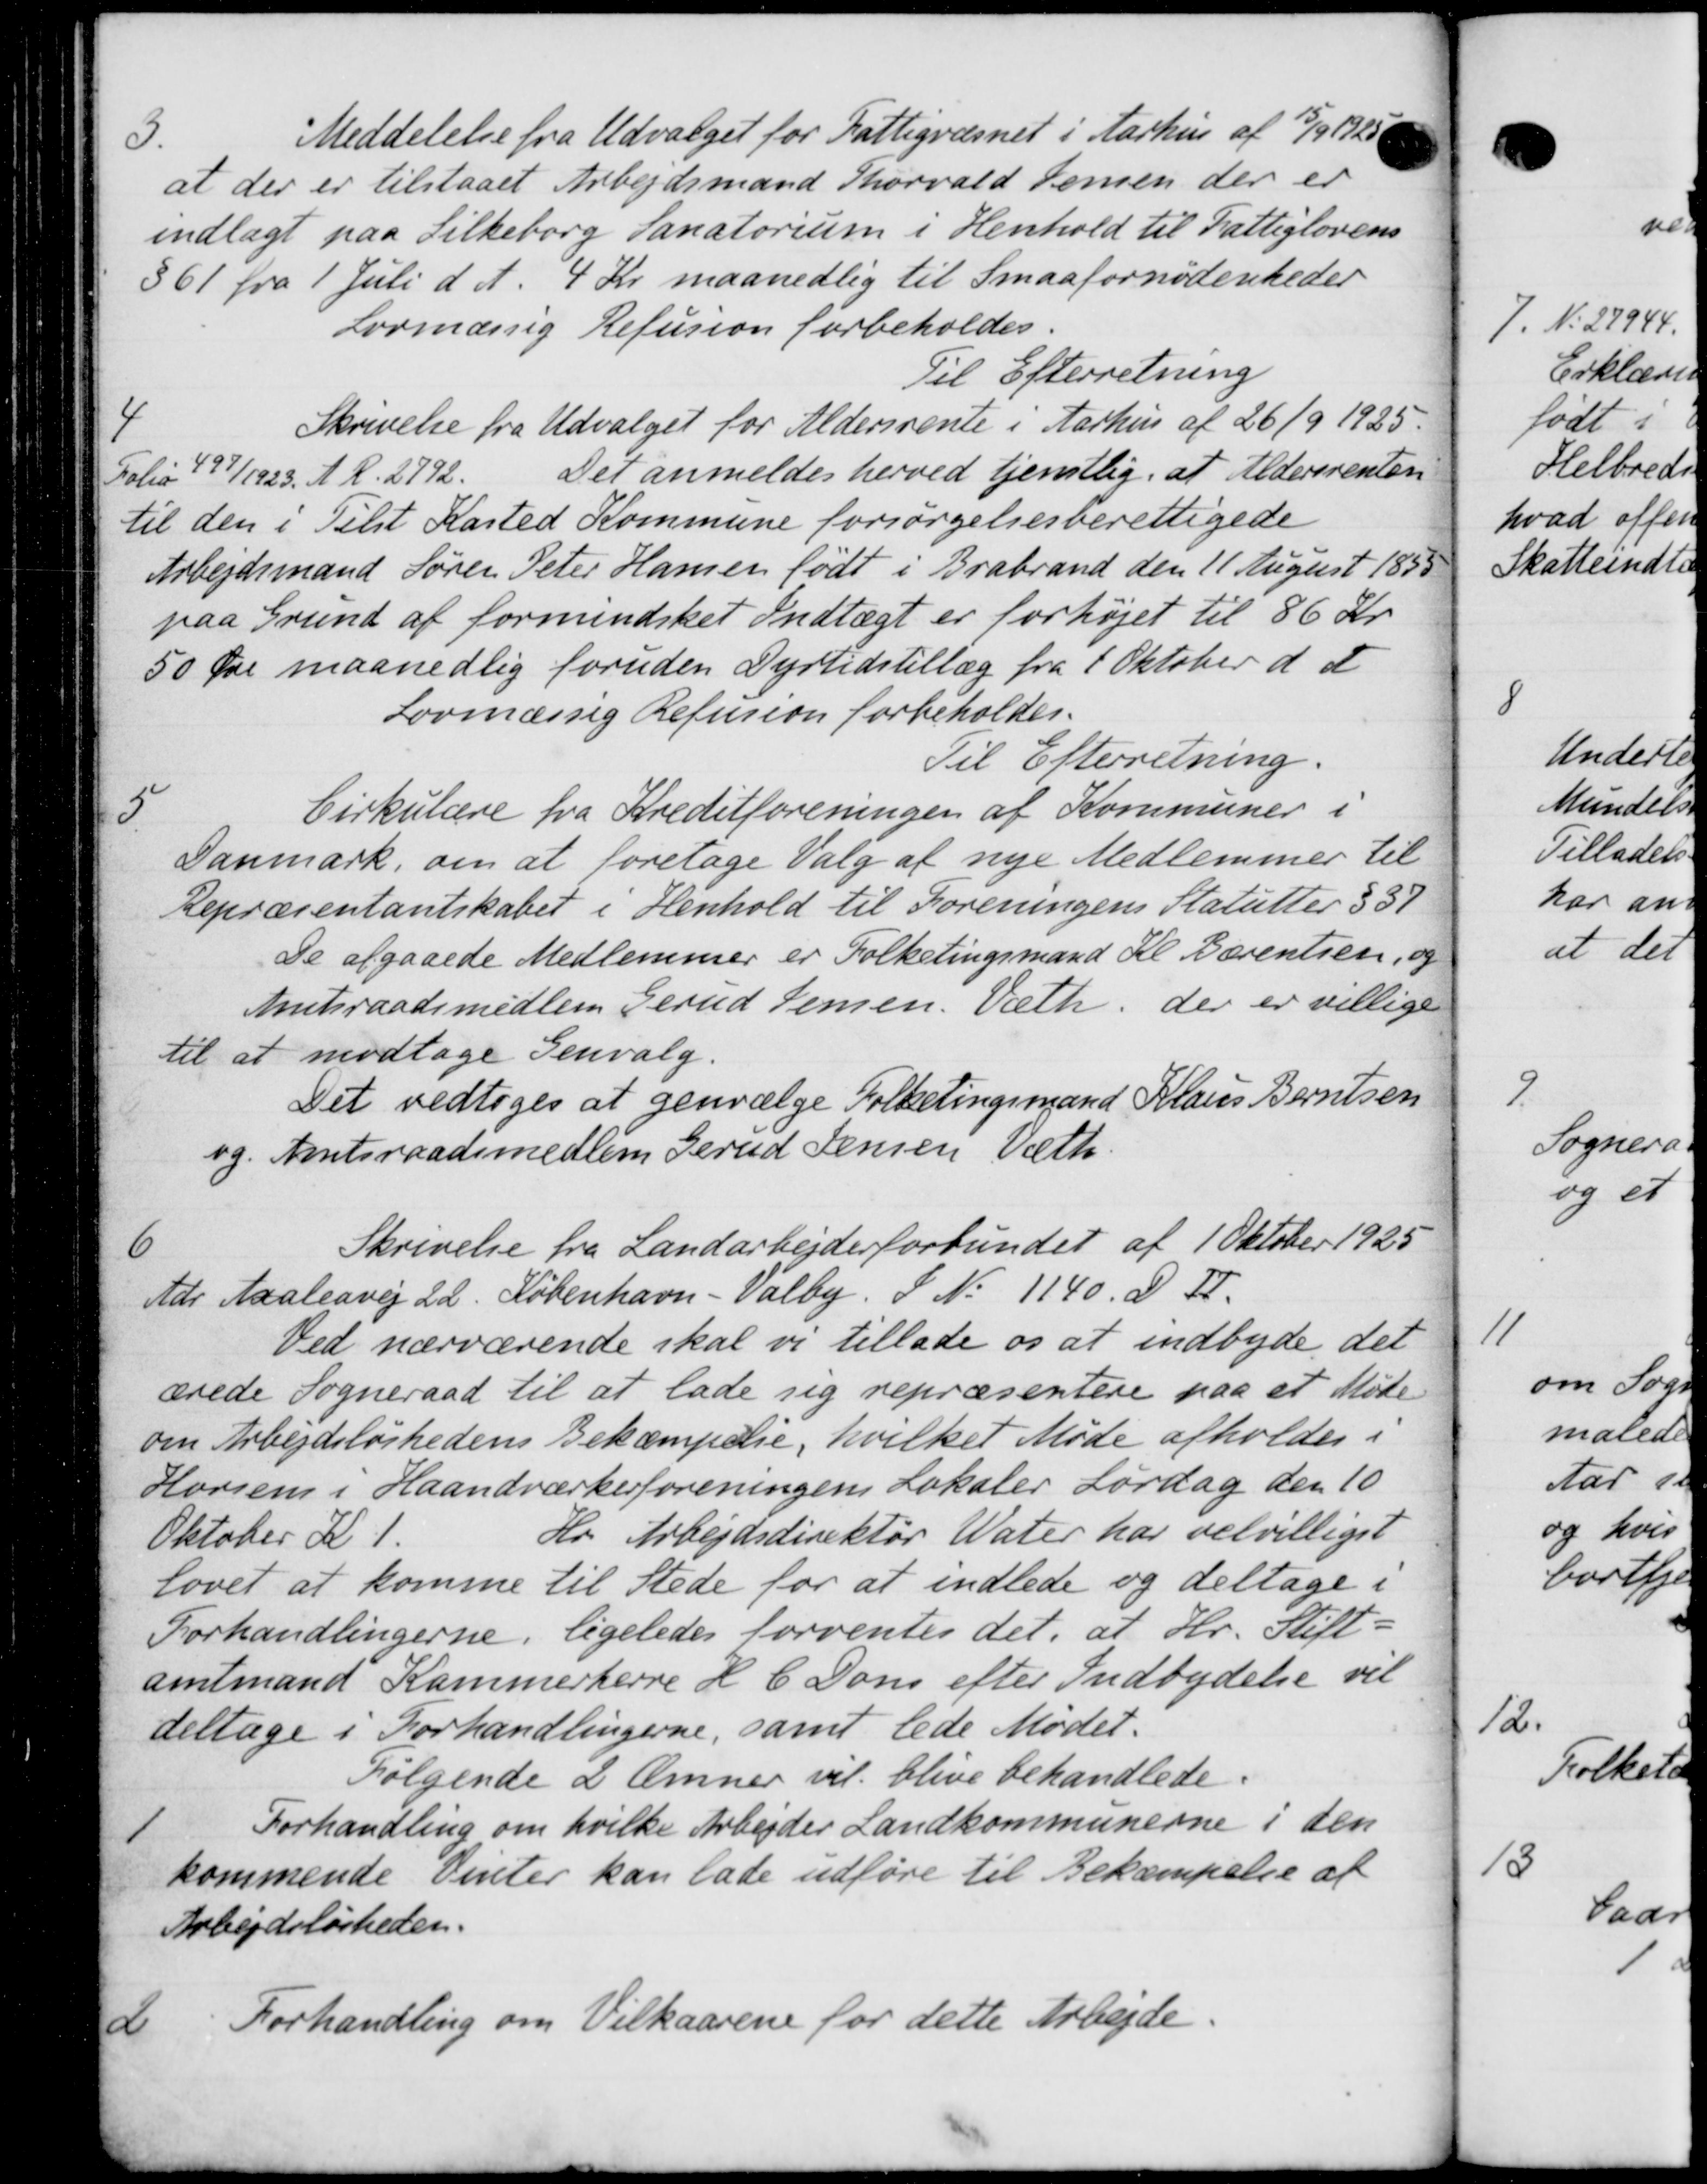
Transskription:
3.
Meddelelse fra Udvalget for Fattigvæsnet i Aarhus af 15/9.
at der er tilstaaet Arbejdsmand Thorvald Jensen der er
indlagt paa Silkeborg Sanatorium i Henhold til Fattiglovens
361 fra 1 Juli d. A. 4 Kr maanedlig til Smaafornødenheder
Lovmæssig Refusion forbeholdes.
Til Efterretning
4
Skrivelse fra Udvalget for Aldersrente i Aarhus af 26/9 1925
Det anmeldes herved tjenstlig, at Aldersrenten
Folio 497/1 1923. A. R. 2792.
til den i Tilst Kasted Kommune forsørgelsesberettigede
Arbejdsmand Søren Peter Hansen født i Brabrand den 11 August 1853
paa Grund af formindsket Indtægt er forhøjet til 86 Kr
50 Øre maanedlig foruden Dyrtidstillæg fra 1 Oktober d. A
Lovmæssig Refusion forbeholdes.
Til Efterretning.
5
Cirkulære fra Kreditforeningen af Kommuner i
Danmark, om at foretage Valg af nye Medlemmer til
Repræsentantskabet i Henhold til Foreningens Statutter § 37
De afgaaede Medlemmer er Folketingsmand Kl. Bærentsen, og
Amtsraadsmedlem Gerud Jensen. Vælk, der er villige
til at modtage Genvalg.
Det vedtoges at genvælge Folketingsmand Klaus Berntsen
og Amtsraadsmedlem Grud Jensen Vilh.
6
Skrivelse fra Landarbejderforbundet af 1 Oktober 1925
Adr Maaledvej 22. København - Valby. S. No 1140. D. F.
Ved nærværende skal vi tillade os at indbyde det
ærede Sogneraad til at lade sig repræsentere paa et Møde
om Arbejdsløshedens Bekæmpelse, hvilket Møde afholdes i
Horsen i Haandværkerforeningens Lokaler Lørdag den 10
Hr. Arbejdsdirektør Water har velvilliget
Oktober Kl 1.
lovet at komme til Stede for at indlede og deltage i
Forhandlingerne, ligeledes forventes det, at Hr. Stift-
amtmand Kammerherre H. C. Dons efter Indbydelse vil
deltage i Forhandlingerne, samt lede Mødet.
Følgende 2 Emmer vil blive behandlede.
1
Forhandling om hvilke Arbejder Landkommunerne i den
kommende Vinter kan lade udføre til Bekæmpelse af
Arbejdsløsheden.
2
Forhandling om Vilkaarene for dette Arbejde